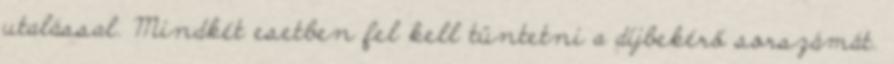
utalással. Mindkét esetben fel kell tüntetni a díjbekérő sorszámát.